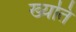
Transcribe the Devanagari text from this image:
ख्यति